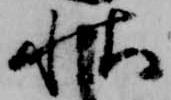
秋